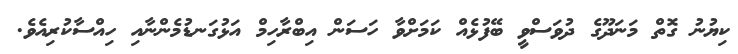
ކިޔުނު ގޮތް މަނަދޫގެ ދުވަސްވީ ބޭފުޅެއް ކަަމަށްވާ ހަސަން އިބްރާހިމް އަޅުގަނޑުމެންނާއި ހިއްސާކުރިއެވެ.